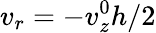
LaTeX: v_{r}=-v_{z}^{0}h/2